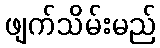
ဖျက်သိမ်းမည်